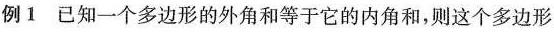
例1已知一个多边形的外角和等于它的内角和，则这个多边形